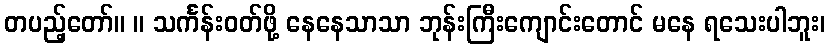
တပည့်တော်။ ။ သင်္ကန်းဝတ်ဖို့ နေနေသာသာ ဘုန်းကြီးကျောင်းတောင် မနေ ရသေးပါဘူး၊